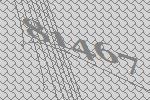
81467